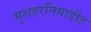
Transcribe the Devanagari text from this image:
मुशहरनियाडीह